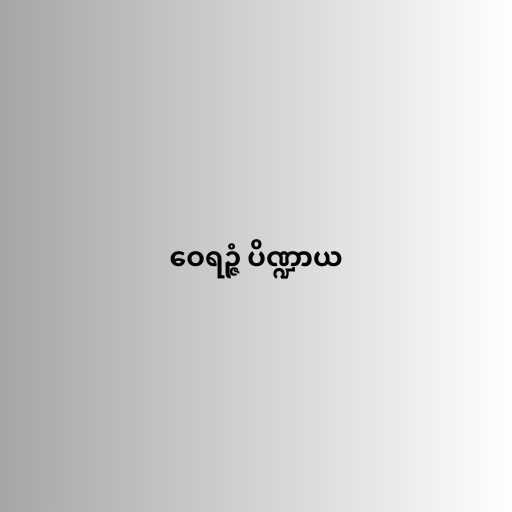
ဝေရဉ္ဇံ ပိဏ္ဍာယ